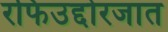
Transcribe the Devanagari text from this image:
रफिउद्दोरजात